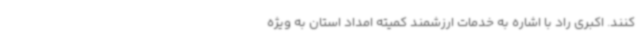
کنند. اکبری راد با اشاره به خدمات ارزشمند کمیته امداد استان به ویژه